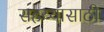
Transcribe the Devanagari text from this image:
सहय्यासाठी